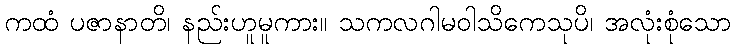
ကထံ ပဇာနာတိ၊ နည်းဟူမူကား။ သကလဂါမဝါသိကေသုပိ၊ အလုံးစုံသော